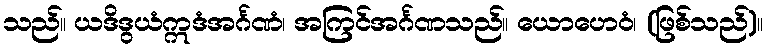
သည်။ ယဒိဒွယံဣဒံအင်္ဂဏံ၊ အကြင်အင်္ဂဏသည်။ ယောဟေဝံ၊ (ဖြစ်သည်)။